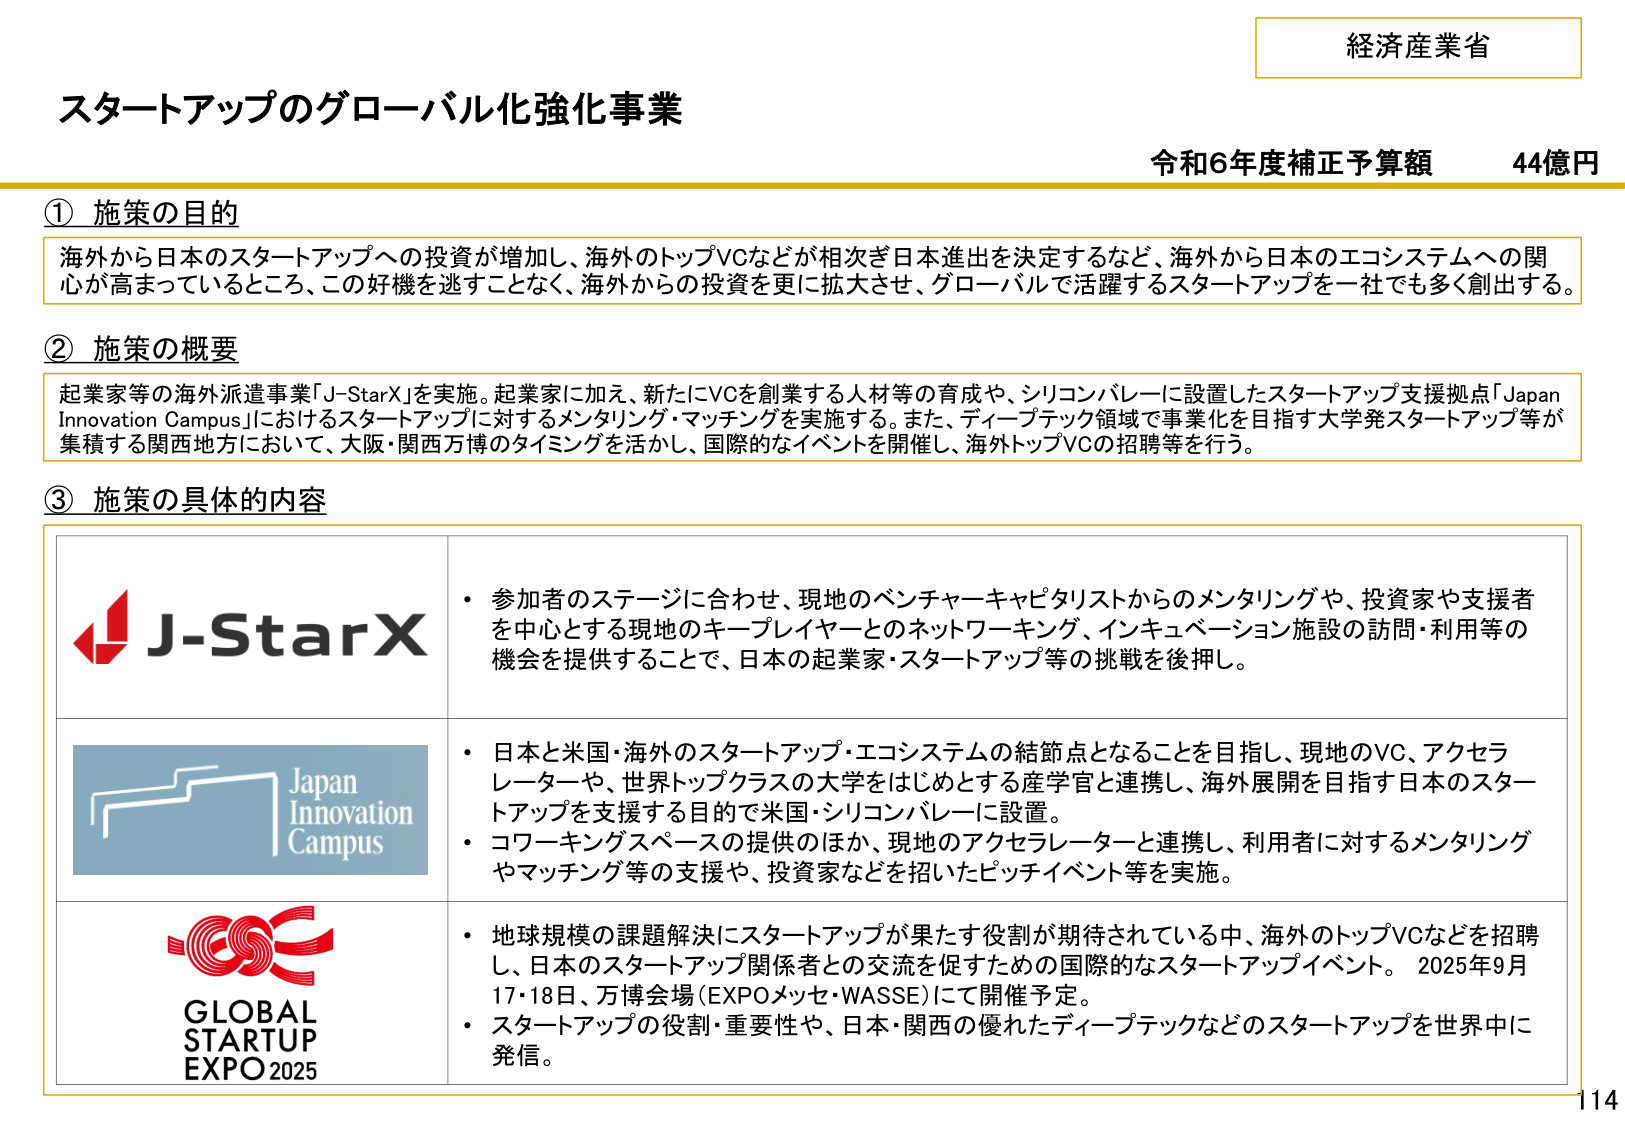
経済産業省
スタートアップのグローバル化強化事業
令和6年度補正予算額 44億円

① 施策の目的
海外から日本のスタートアップへの投資が増加し、海外のトップVCなどが相次ぎ日本進出を決定するなど、海外から日本のエコシステムへの関心が高まっているところ、この好機を逃すことなく、海外からの投資を更に拡大させ、グローバルで活躍するスタートアップを一社でも多く創出する。

② 施策の概要
起業家等の海外派遣事業「J-StarX」を実施。起業家に加え、新たにVCを創業する人材等の育成や、シリコンバレーに設置したスタートアップ支援拠点「Japan Innovation Campus」におけるスタートアップに対するメンタリング・マッチングを実施する。また、ディープテック領域で事業化を目指す大学発スタートアップ等が集積する関西地方において、大阪・関西万博のタイミングを活かし、国際的なイベントを開催し、海外トップVCの招聘等を行う。

③ 施策の具体的内容

J-StarX
・参加者のステージに合わせ、現地のベンチャーキャピタリストからのメンタリングや、投資家や支援者を中心とする現地のキープレイヤーとのネットワーキング、インキュベーション施設の訪問・利用等の機会を提供することで、日本の起業家・スタートアップ等の挑戦を後押し。

Japan Innovation Campus
・日本と米国・海外のスタートアップ・エコシステムの結節点となることを目指し、現地のVC、アクセラレーターや、世界トップクラスの大学をはじめとする産学官と連携し、海外展開を目指す日本のスタートアップを支援する目的で米国・シリコンバレーに設置。
・コワーキングスペースの提供のほか、現地のアクセラレーターと連携し、利用者に対するメンタリングやマッチング等の支援や、投資家などを招いたピッチイベント等を実施。

GLOBAL STARTUP EXPO 2025
・地球規模の課題解決にスタートアップが果たす役割が期待されている中、海外のトップVCなどを招聘し、日本のスタートアップ関係者との交流を促すための国際的なスタートアップイベント。 2025年9月17・18日、万博会場（EXPOメッセ・WASSE）にて開催予定。
・スタートアップの役割・重要性や、日本・関西の優れたディープテックなどのスタートアップを世界中に発信。

114